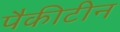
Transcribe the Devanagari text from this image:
पैकीटीन